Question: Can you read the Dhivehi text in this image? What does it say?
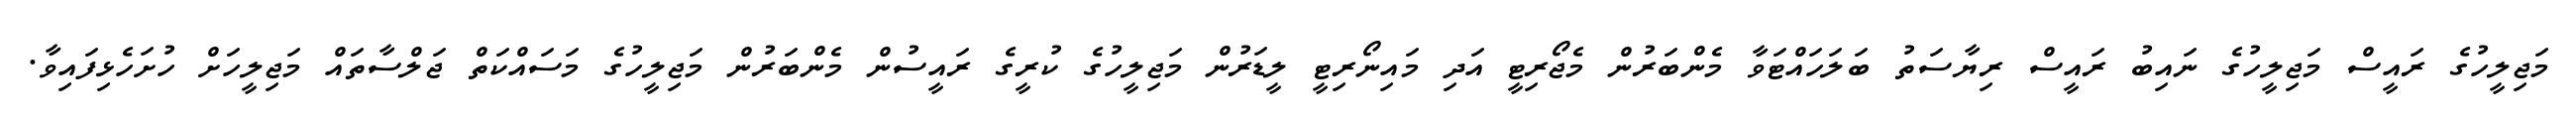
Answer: މަޖިލީހުގެ ރައީސް މަޖިލީހުގެ ނައިބު ރައީސް ރިޔާސަތު ބަލަހައްޓަވާ މެންބަރުން މެޖޯރިޓީ އަދި މައިނޯރިޓީ ލީޑަރުން މަޖިލީހުގެ ކުރީގެ ރައީސުން މެންބަރުން މަޖިލީހުގެ މަސައްކަތް ޖަލްސާތައް މަޖިލީހަށް ހުށަހެޅިފައިވާ.